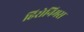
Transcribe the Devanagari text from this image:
हिरोनिमस